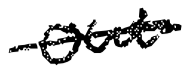
Text: out
Cross-out: single-line
Writing tool: digital_black